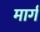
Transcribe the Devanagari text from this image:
मार्ग